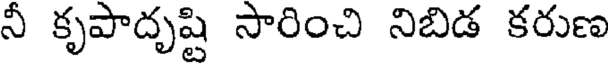
నీ కృపాదృష్టి సారించి నిబిడ కరుణ